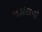
નડાલનો